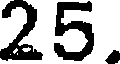
25.